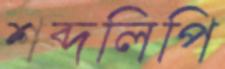
শব্দলিপি